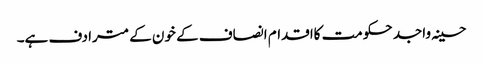
حسینہ واجد حکومت کااقدام انصاف کے خون کے مترادف ہے۔